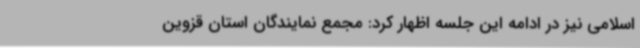
اسلامی نیز در ادامه این جلسه اظهار کرد: مجمع نمایندگان استان قزوین